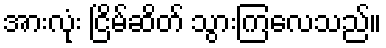
အားလုံး ငြိမ်ဆိတ် သွားကြလေသည်။